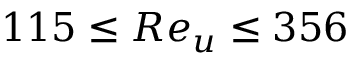
1 1 5 \leq R e _ { u } \leq 3 5 6